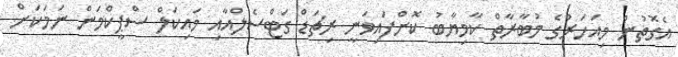
އެގޮތުން މިއަހަރުގެ މުބާރާތް ކާމިޔާބު ކޮށްފައިވަނީ ރިޗަޑް ގަޓްސެލްއާއި މައިކަލް ސްޕީކްމަން ނަމަކަށް